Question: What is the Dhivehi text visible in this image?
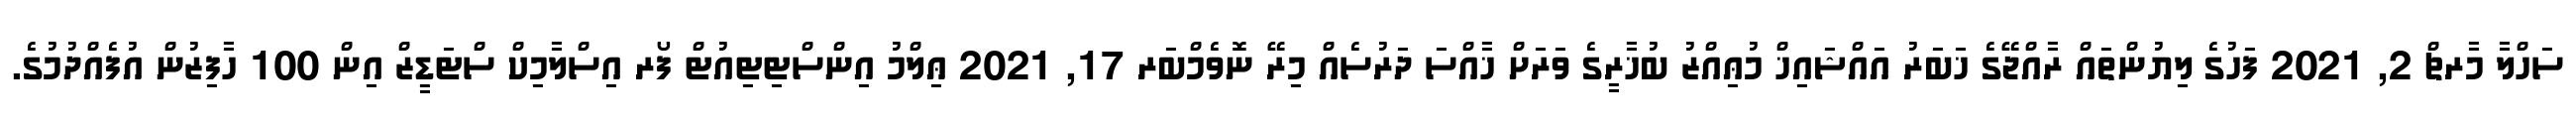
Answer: ސަހްލާ މާރޗް 2, 2021 ފަހުގެ ލިޔުންތައް ރާއްޖޭގެ ޚަބަރު އައްޝައިޚް މުޢިއްޒު ބުޚާރީގެ ވަރަށް ޚާއްސަ ދަރުސެއް މިރޭ ނޮވެމްބަރ 17, 2021 ޢިލްމު އިންސްޓިޓިއުޓް ފޯރ އިސްލާމިކް ސްޓަޑީޒް އިން 100 ހާފިޒުން އުފެއްދުމުގެ.